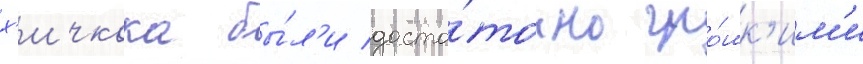
х'ичкока бы́л'и доста́точно гро́мк'им'и